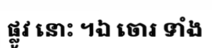
ផ្លូវ នោះ ។ឯ ចោរ ទាំង